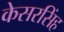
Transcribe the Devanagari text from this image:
केसरसिंह